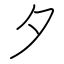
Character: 夕